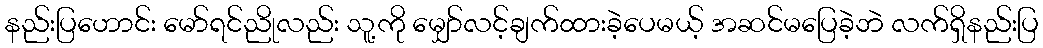
နည်းပြဟောင်း မော်ရင်ညိုလည်း သူ့ကို မျှော်လင့်ချက်ထားခဲ့ပေမယ့် အဆင်မပြေခဲ့ဘဲ လက်ရှိနည်းပြ